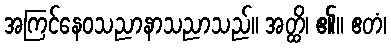
အကြင်နေဝသညာနာသညာသည်။ အတ္ထိ၊ ၏။ ဧတံ၊